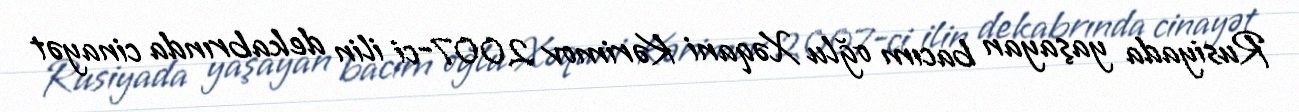
Rusiyada yaşayan bacım oğlu Xəqani Kərimov 2007-ci ilin dekabrında cinayət